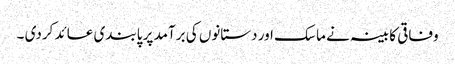
وفاقی کابینہ نے ماسک اور دستانوں کی برآمد پر پابندی عائد کردی ۔